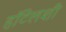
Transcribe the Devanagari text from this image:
हॉटेलशी